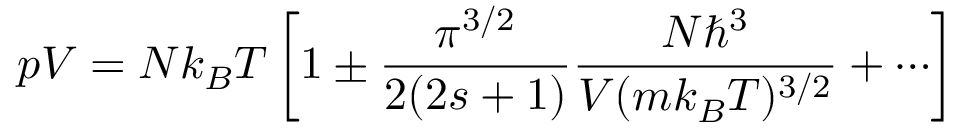
p V = N k _ { B } T \left[ 1 \pm { \frac { \pi ^ { 3 / 2 } } { 2 ( 2 s + 1 ) } } { \frac { N \hbar ^ { 3 } } { V ( m k _ { B } T ) ^ { 3 / 2 } } } + \cdots \right]